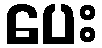
ပေး